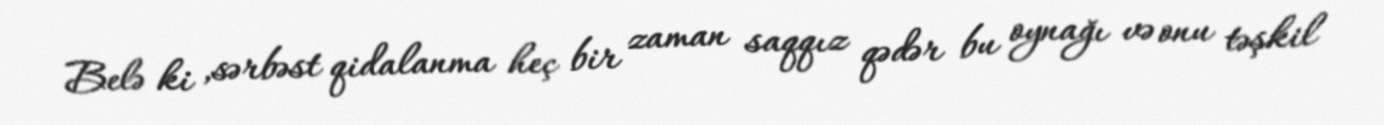
Belə ki ,sərbəst qidalanma heç bir zaman saqqız qədər bu oynağı və onu təşkil